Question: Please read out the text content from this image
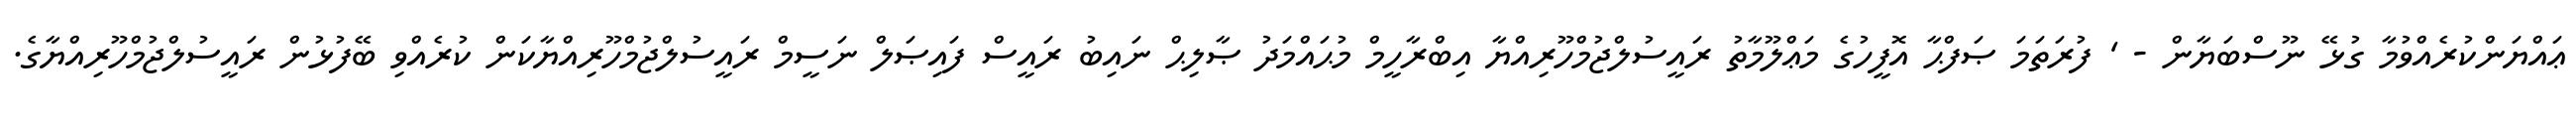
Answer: ޢައްޔަންކުރެއްވުމާ ގުޅޭ ނޫސްބަޔާން - ' ފުރަތަމަ ޞަފްޙާ އޮފީހުގެ މަޢްލޫމާތު ރައީސުލްޖުމްހޫރިއްޔާ އިބްރާހީމް މުޙައްމަދު ޞާލިޙް ނައިބު ރައީސް ފައިޞަލް ނަސީމް ރައީސުލްޖުމްހޫރިއްޔާކަން ކުރެއްވި ބޭފުޅުން ރައީސުލްޖުމްހޫރިއްޔާގެ.